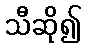
သီဆို၍